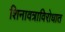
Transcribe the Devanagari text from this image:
शिनावत्राविरोधात